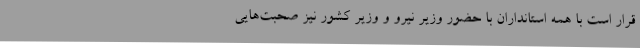
قرار است با همه استانداران با حضور وزیر نیرو و وزیر کشور نیز صحبت‌هایی